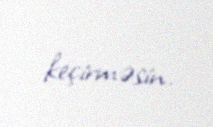
keçirməsin.